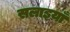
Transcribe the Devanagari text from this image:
सलाइयाँ